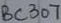
Text: BC307